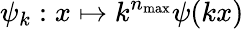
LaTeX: \psi_{k}:x\mapsto k^{n_{\operatorname*{max}}}\psi(kx)